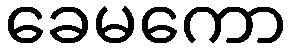
ခေမကော